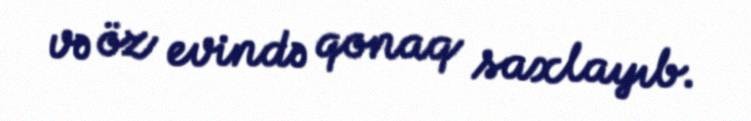
və öz evində qonaq saxlayıb.